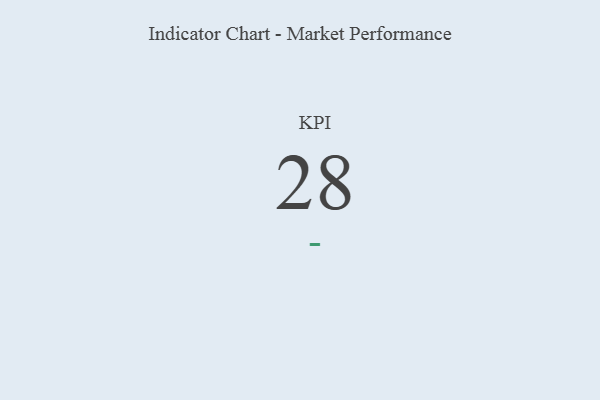
{"axis": {"x": "KPI", "y": "Value"}, "legend": [""], "data": [{"x": "KPI", "y": 28, "type": ""}]}